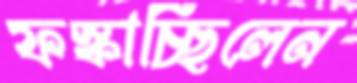
ফস্‌কাচ্ছিলেন